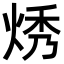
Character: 𬊔